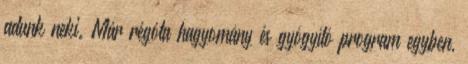
adunk neki. Már régóta hagyomány és gyógyító program egyben,